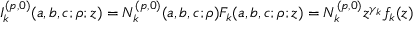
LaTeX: I _ { k } ^ { ( p , 0 ) } ( a , b , c ; \rho ; z ) = N _ { k } ^ { ( p , 0 ) } ( a , b , c ; \rho ) F _ { k } ( a , b , c ; \rho ; z ) = N _ { k } ^ { ( p , 0 ) } z ^ { \gamma _ { k } } f _ { k } ( z )